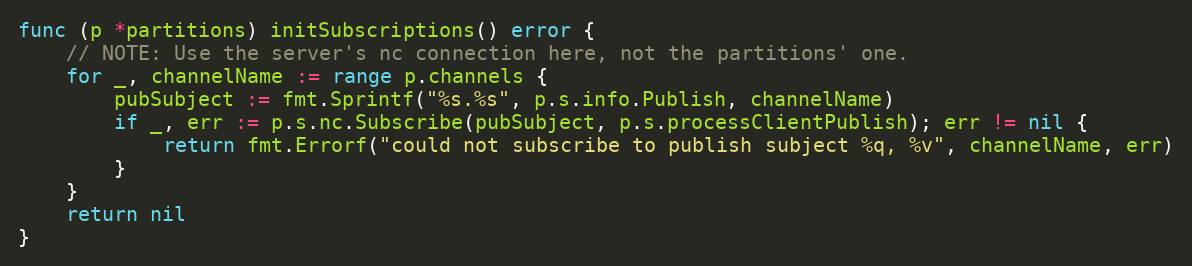
Language: Go
func (p *partitions) initSubscriptions() error {
	// NOTE: Use the server's nc connection here, not the partitions' one.
	for _, channelName := range p.channels {
		pubSubject := fmt.Sprintf("%s.%s", p.s.info.Publish, channelName)
		if _, err := p.s.nc.Subscribe(pubSubject, p.s.processClientPublish); err != nil {
			return fmt.Errorf("could not subscribe to publish subject %q, %v", channelName, err)
		}
	}
	return nil
}